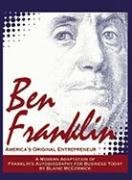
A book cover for Ben Franklin: America's Original Entrepreneur; Blaine McCormick; Business & Money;